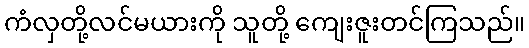
ကံလှတို့လင်မယားကို သူတို့ ကျေးဇူးတင်ကြသည်။